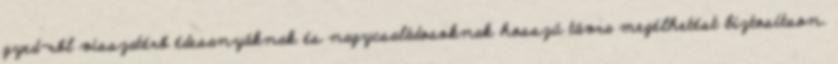
gyed-ről visszatérő édesanyáknak és nagycsaládosoknak hosszú távra megélhetést biztosítson.